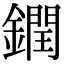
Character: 𨬔